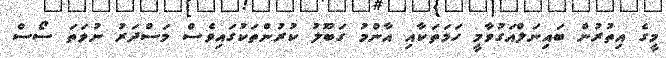
މީގެ އިތުރުން ބައިނަލްއަގުވާމީ ހަމަތަކާއި އާންމު ގަބޫލު ކުރުންތަކުގައިވެސް މަސްދަރު ނުވަތަ ސޯސް